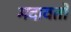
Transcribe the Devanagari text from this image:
मदावतो